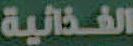
الغذائية